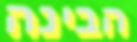
הבינה